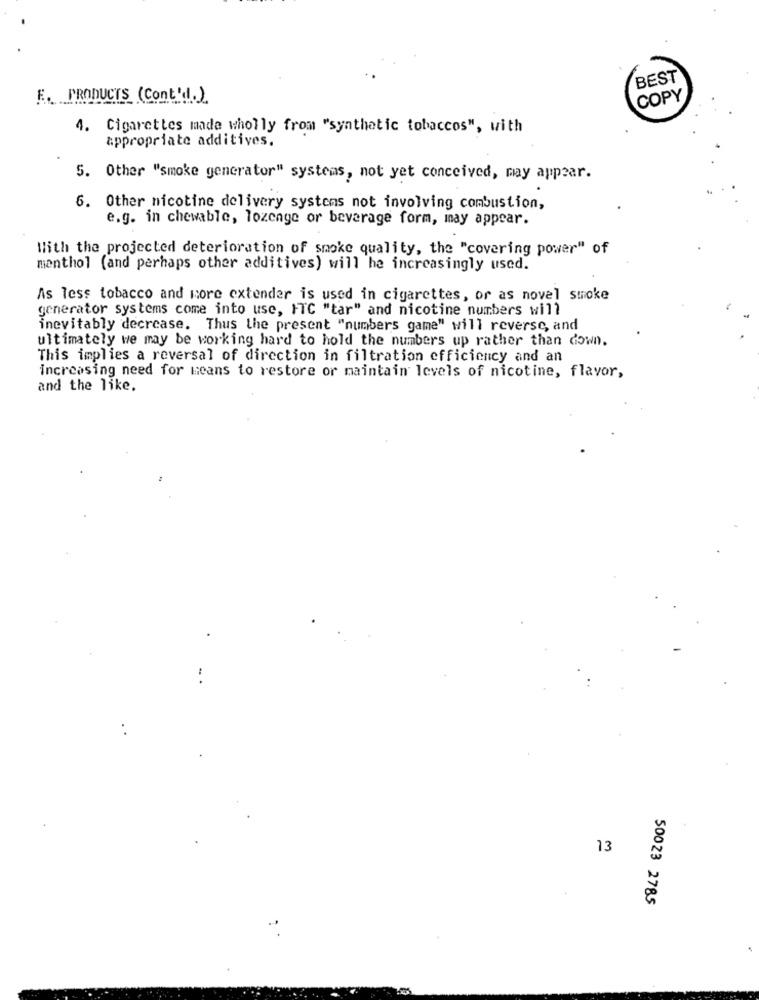
BEST
F. PRODUCTS (Cont'd.)
COPY
4. Cigarettes made wholly from "synthetic tobaccos", with
appropriate additives.
5. Other "smoke generator" systems, not yet conceived, may appear.
6. Other nicotine delivery systems not involving combustion,
e.g. in chewable, lozenge or beverage form, may appear.
With the projected deterioration of smoke quality, the "covering power" of
menthol (and perhaps other additives) will he increasingly used.
As less tobacco and more extender is used in cigarettes, or as novel smoke
generator systems come into use, ITC "tar" and nicotine numbers will
inevitably decrease. Thus the present "numbers game" will reverse, and
ultimately we may be working hard to hold the numbers up rather than down.
This implies a reversal of direction in filtration efficiency and an
Increasing need for means to restore or maintain levels of nicotine, flavor,
and the like.
13
50023 2785